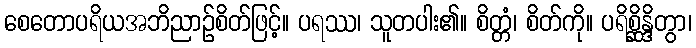
စေတောပရိယအဘိညာဉ်စိတ်ဖြင့်။ ပရဿ၊ သူတပါး၏။ စိတ္တံ၊ စိတ်ကို။ ပရိစ္ဆိန္ဒိတွာ၊